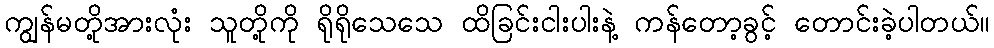
ကျွန်မတို့အားလုံး သူတို့ကို ရိုရိုသေသေ ထိခြင်းငါးပါးနဲ့ ကန်တော့ခွင့် တောင်းခဲ့ပါတယ်။